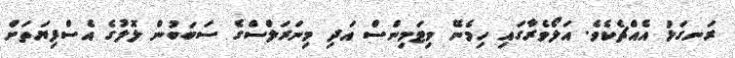
ރަނގަޅު އެއްޗެކެވެ. އަލޯވެރާގައި ހިމެނޭ ވިޓަމިންސް އަދި މިނަރަލްސްގެ ސަބަބުން ލޮލުގެ އެސްފިޔަތަށް